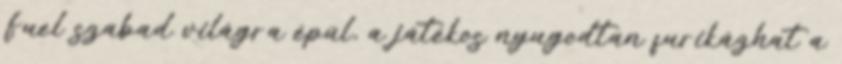
Fuel szabad világra épül, a játékos nyugodtan furikázhat a